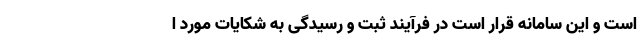
است و این سامانه قرار است در فرآیند ثبت و رسیدگی به شکایات مورد ا